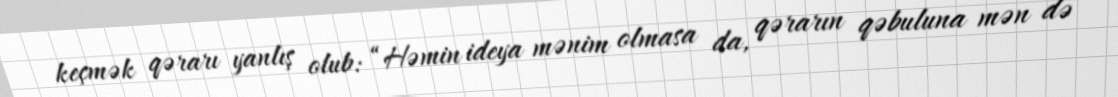
keçmək qərarı yanlış olub: “Həmin ideya mənim olmasa da, qərarın qəbuluna mən də